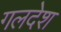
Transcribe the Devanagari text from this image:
गलदेश